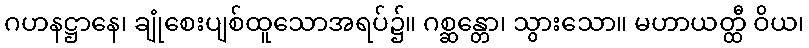
ဂဟနဋ္ဌာနေ၊ ချုံစေးပျစ်ထူသောအရပ်၌။ ဂစ္ဆန္တော၊ သွားသော။ မဟာယတ္ထီ ဝိယ၊